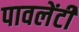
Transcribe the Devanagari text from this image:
पावलेंटी